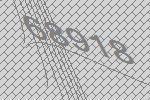
68918